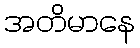
အတိမာနေ